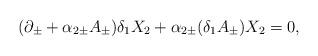
LaTeX: \begin{align*}(\partial_\pm + \alpha_{2\pm} A_\pm)\delta_1 X_2 + \alpha_{2\pm}(\delta_1 A_\pm) X_2 = 0,\end{align*}